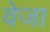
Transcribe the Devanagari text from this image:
वेजा